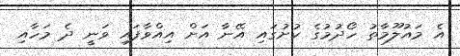
އެ މައުލޫމާތު ހޯދުމުގެ ކުށުގައި އޭނާ އަށް އިއްވާފައި ވަނީ ދެ މަހާއި